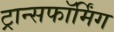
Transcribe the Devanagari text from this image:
ट्रान्सफॉर्मिंग